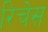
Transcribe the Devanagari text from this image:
रिचेस